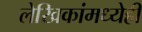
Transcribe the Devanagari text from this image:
लेखिकांमध्येही